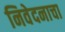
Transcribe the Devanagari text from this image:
निवेदनाचा